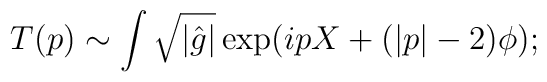
T(p) \sim \int \sqrt{|{\hat{g}}|}\exp (ipX + (|p|-2)\phi);